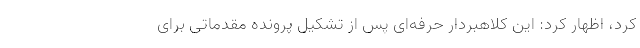
کرد، اظهار کرد: این کلاهبردار حرفه‌ای پس از تشکیل پرونده مقدماتی برای